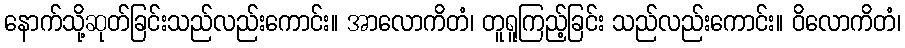
နောက်သို့ဆုတ်ခြင်းသည်လည်းကောင်း။ အာလောကိတံ၊ တူရူကြည့်ခြင်း သည်လည်းကောင်း။ ဝိလောကိတံ၊